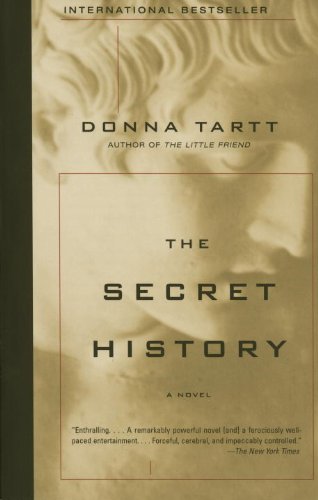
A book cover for The Secret History; Donna Tartt; Mystery, Thriller & Suspense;